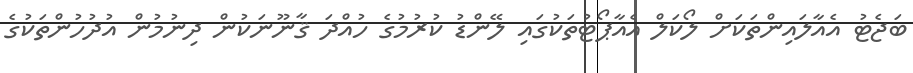
ބަޖެޓު އެއާލައިންތަކަށް ލޯކަލް އެއާޕޯޓުތަކުގައި ލޭންޑު ކުރުމުގެ ހުއްދަ ޤާނޫނަކުން ދިނުމުން އުދުހުންތަކުގެ